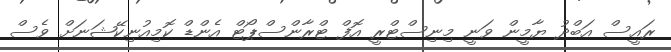
ރައީސް އަބްދު ޔާމީން ވަނީ މިނިސްޓްރީ އޮފް ޓްރާންސްޕޯޓް އެންޑް ކޮމިއުނިކޭޝަނަށް ވެސް